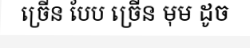
ច្រើន បែប ច្រើន មុម ដូច